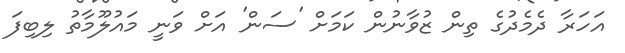
އަހަރާ ދެމެދުގެ ތިން ޒުވާނުން ކަމަށް 'ސަން' އަށް ވަނީ މައުލޫމާތު ލިބިފަ